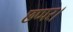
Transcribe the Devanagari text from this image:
छप्पर।